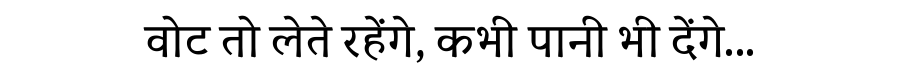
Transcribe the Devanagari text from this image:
वोट तो लेते रहेंगे, कभी पानी भी देंगे...